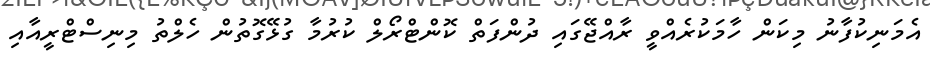
އެމަނިކުފާނު މިކަން ހާމަކުރެއްވީ ރާއްޖޭގައި ދުންފަތް ކޮންޓްރޯލް ކުރުމާ ގުޅޭގޮތުން ހެލްތު މިނިސްޓްރީއާއި